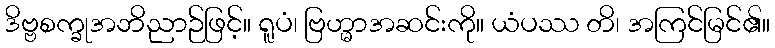
ဒိဗ္ဗစက္ခုအဘိညာဉ်ဖြင့်။ ရူပံ၊ ဗြဟ္မာအဆင်းကို။ ယံပဿ တိ၊ အကြင်မြင်၏။